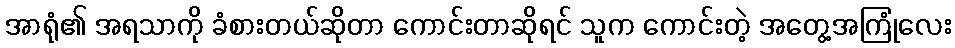
အာရုံ၏ အရသာကို ခံစားတယ်ဆိုတာ ကောင်းတာဆိုရင် သူက ကောင်းတဲ့ အတွေ့အကြုံလေး